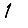
Digit: 1